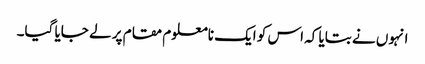
انہوں نے بتایا کہ اس کو ایک نامعلوم مقام پر لے جایا گیا۔